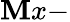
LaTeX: \mathbf{M}x-